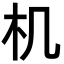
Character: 机